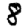
Digit: 8